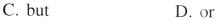
C. but D. or